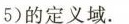
5) $$ 的定义域。